Indian journal of veterinary science and animal husbandry - Volumes 28-29, 1958-1959
Year: 1958
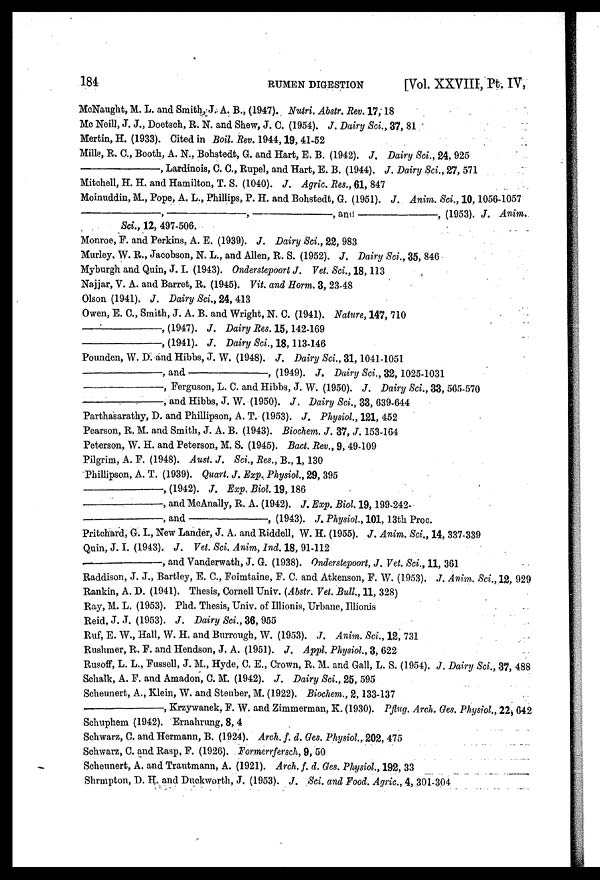
184
RUMEN DIGESTION
[Vol. XXVIII, Pt. IV,
MoNaught, M. L. and Smith, J. A. B., (1947). Nutri. Abstr. Rev. 17, 18
Mc Neill, J. J., Doetsch, R. N. and Shew, J. C. (1954). J. Dairy Sci., 37, 81
Mertin, H. (1933). Cited in Boil. Rev. 1944, 19, 41-52
Mills, R. C., Booth, A. N., Bohstedt, G. and Hart, E. B. (1942). J. Dairy Sci., 24, 925
—,
Lardinois, C. C., Rupel, and Hart, E. B. (1944). J. Dairy Sci., 27, 571
Mitchell, H. H. and Hamilton, T. S. (1040). J. Agric. Res., 61, 847
Moinuddin, M., Pope, A. L., Phillips, P. H. and Bohstedt, G. (1951). J. Anim. Sci., 10, 1056-1057
—,—,—,
and
—,
(1953). J. Anim.
Sci., 12, 497-506.
Monroe, F. and Perkins, A. E. (1939). J. Dairy Sci., 22, 983
Murley. W. R., Jacobson, N. L., and Allen, R. S. (1952). J. Dairy Sci., 35, 846
Myburgh and Quin, J. I. (1943). Onderstepoort J. Vet. Sci., 18, 113
Najjar, V. A. and Barret, R. (1945). Vit. and Horm. 3, 23-48
Olson (1941). J. Dairy Sci., 24, 413
Owen, E. C., Smith, J. A. B. and Wright, N. C. (1941). Nature, 147, 710
—,(1947).
J. Dairy Res. 15, 142-169
—,
(1941). J. Dairy Sci., 18, 113-146
Ponnden, W. D. and Hibbs, J. W. (1948). J. Dairy Sci., 31, 1041-1051
—,
and
—,
(1949). J. Dairy Sci., 32, 1025-1031
—,
Ferguson, L. C. and Hibbs, J. W. (1950). J. Dairy Sci., 33, 565-570
—,
and Hibbs, J. W. (1950). J. Dairy Sci., 33, 639-644
Parthasarathy, D. and Phillipson, A. T. (1953). J. Physiol, 121, 452
Pearson, R. M. and Smith, J. A. B. (1943). Biochem. J. 37, J. 153-164
Peterson, W. H. and Peterson, M. S. (1945). Bact. Rev., 9, 49-109
Pilgrim, A. F. (1948). Aust. J. Sci., Res., B., 1, 130
Phillipson, A. T. (1939). Quart. J. Exp. Physiol., 29, 395
—,(1942). J. Exp. Biol. 19, 186
—,
and McAnally, R. A. (1942). J. Exp. Biol. 19, 199-242-
—,
and
—,
(1943). J. Physiol., 101, 13th Proc.
Pritchard, G. I, New Lander, J. A. and Riddell, W. H. (1955). J. Anim. Sci., 14, 337-339
Quin, J. I. (1943). J. Vet. Sci. Anim, Ind. 18, 91-112
—,
and Vanderwath, J. G. (1938). Onderstepoort, J. Vet. Sci., 11, 361
Raddison, J. J., Bartley, E. C., Foimtaine, F. C. and Atkenson, F. W. (1953). J. Anim. Sci., 12, 929
Rankin, A. D. (1941). Thesis, Cornell Univ. (Abstr. Vet. Bull., 11, 328)
Ray, M. L. (1953). Phd. Thesis, Univ. of Illionis, Urbane, Illionis
Reid, J. J. (1953). J. Dairy Sci., 36, 955
Ruf, E. W., Hall, W. H. and Burrough, W. (1953). J. Anim. Sci., 12, 731
Rushmer, R. F. and Hendson, J. A. (1951). J. Appl. Physiol., 3, 622
Rusoff, L. L., Fussell, J. M., Hyde, C. E., Crown, R. M. and Gall, L. S. (1954). J. Dairy Sci., 37, 488
Schalk, A. F. and Amadon, C. M. (1942). J. Dairy Sci., 25, 595
Scheunert, A., Klein, W. and Steuber, M. (1922). Biochem., 2, 133-137
—, Krzywanek, F. W. and Zimmerman, K. (1930). Pflug. Arch. Ges. Physiol., 22, 642
Schuphem (1942). Ernahrung, 8, 4
Schwarz, C. and Hermann, B. (1924). Arch. f. d. Ges. Physiol., 202, 475
Schwarz, C. and Rasp, F. (1926). Formerrfersch, 9, 50
Scheunnert, A. and Trautmann, A. (1921). Arch. f. d. Ges. Physiol., 192, 33
Shrmpton, D. H. and Duckworth, J. (1953). J. Sci. and Food. Agric., 4, 301-304